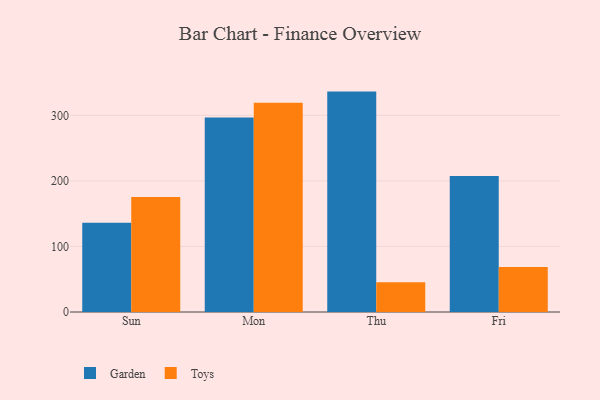
{"axis": {"x": "Day", "y": "Website Visitors"}, "legend": ["Garden", "Toys"], "data": [{"x": "Sun", "y": 136.1, "type": "Garden"}, {"x": "Sun", "y": 175.6, "type": "Toys"}, {"x": "Mon", "y": 296.8, "type": "Garden"}, {"x": "Mon", "y": 319.2, "type": "Toys"}, {"x": "Thu", "y": 336.2, "type": "Garden"}, {"x": "Thu", "y": 45.5, "type": "Toys"}, {"x": "Fri", "y": 207.5, "type": "Garden"}, {"x": "Fri", "y": 68.7, "type": "Toys"}]}